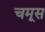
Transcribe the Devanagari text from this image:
चमूस